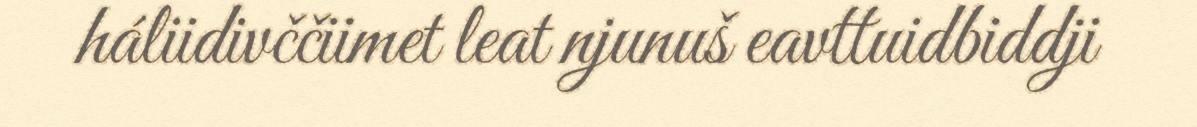
háliidivččiimet leat njunuš eavttuidbiddji